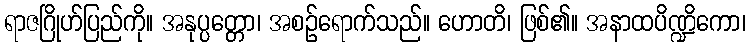
ရာဇဂြိုဟ်ပြည်ကို။ အနုပ္ပတ္တော၊ အစဉ်ရောက်သည်။ ဟောတိ၊ ဖြစ်၏။ အနာထပိဏ္ဍိကော၊